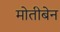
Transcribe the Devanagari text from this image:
मोतीबेन